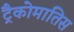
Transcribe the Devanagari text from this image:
ट्रैकोमातिस